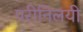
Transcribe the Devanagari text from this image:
परीनिलयी